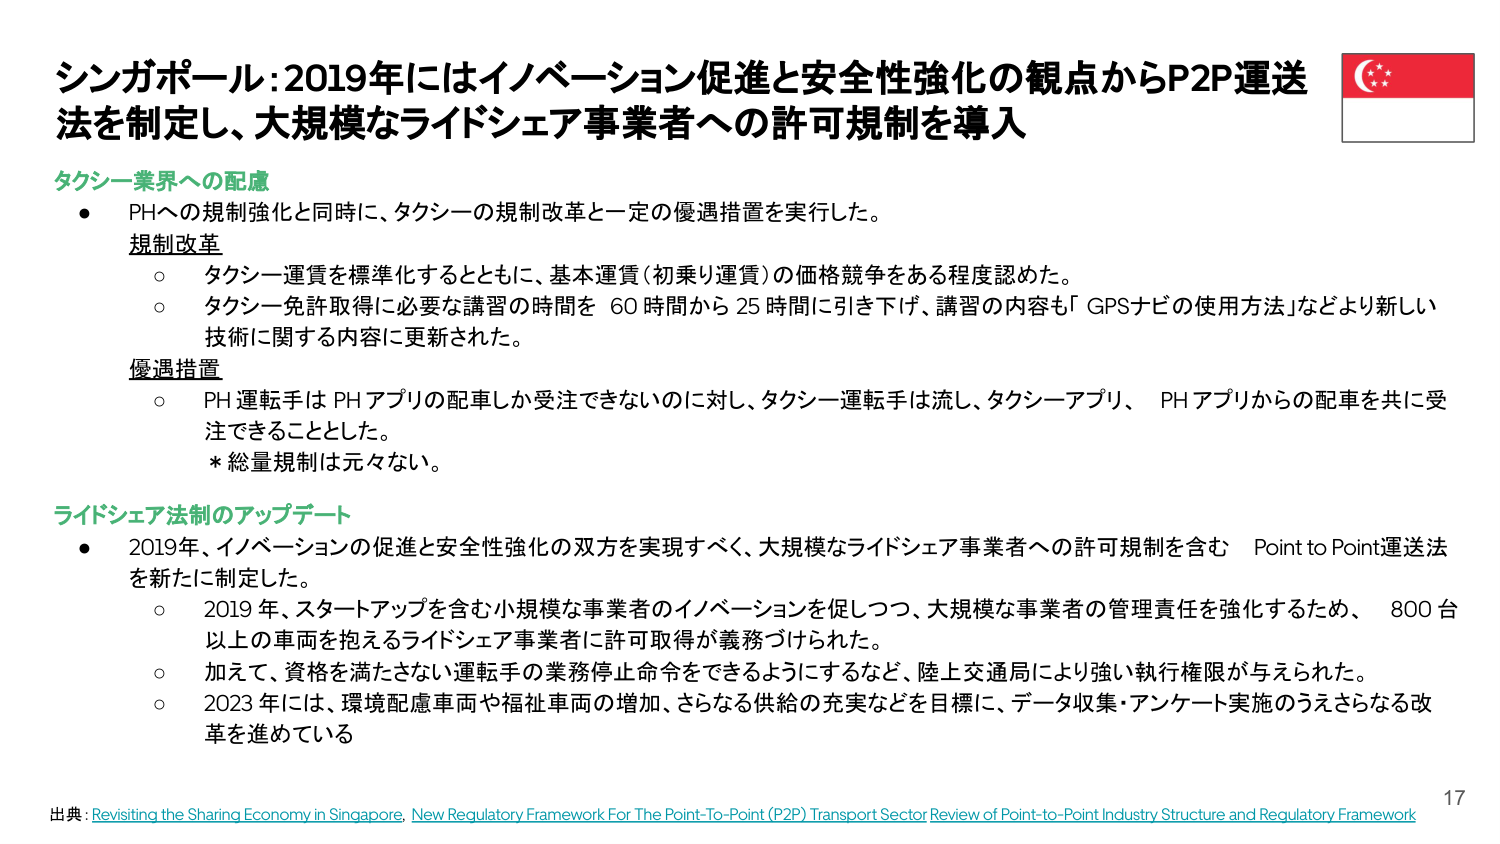
シンガポール：2019年にはイノベーション促進と安全性強化の観点からP2P運送法を制定し、大規模なライドシェア事業者への許可規制を導入

タクシー業界への配慮
● PHへの規制強化と同時に、タクシーの規制改革と一定の優遇措置を実行した。
　規制改革
　○ タクシー運賃を標準化するとともに、基本運賃（初乗り運賃）の価格競争をある程度認めた。
　○ タクシー免許取得に必要な講習の時間を 60 時間から 25 時間に引き下げ、講習の内容も「GPSナビの使用方法」などより新しい技術に関する内容に更新された。
　優遇措置
　○ PH運転手は PHアプリの配車しか受注できないのに対し、タクシー運転手は流し、タクシーアプリ、PHアプリからの配車を共に受注できることとした。
　　* 総量規制は元々ない。

ライドシェア法制のアップデート
● 2019年、イノベーションの促進と安全性強化の双方を実現すべく、大規模なライドシェア事業者への許可規制を含む Point to Point運送法を新たに制定した。
　○ 2019年、スタートアップを含む小規模な事業者のイノベーションを促しつつ、大規模な事業者の管理責任を強化するため、800台以上の車両を抱えるライドシェア事業者に許可取得が義務づけられた。
　○ 加えて、資格を満たさない運転手の業務停止命令をできるようにするなど、陸上交通局により強い執行権限が与えられた。
　○ 2023年には、環境配慮車両や福祉車両の増加、さらなる供給の充実などを目標に、データ収集・アンケート実施のうえさらなる改革を進めている

出典：Revisiting the Sharing Economy in Singapore, New Regulatory Framework For The Point-To-Point (P2P) Transport Sector Review of Point-to-Point Industry Structure and Regulatory Framework

17